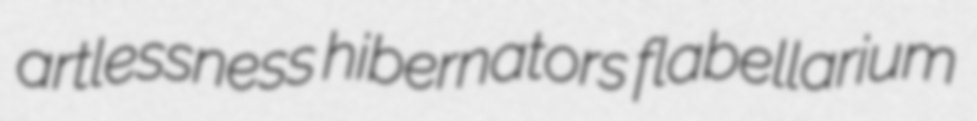
artlessness hibernators flabellarium